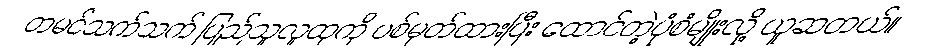
တမင်သက်သက် ပြည်သူလူထုကို ပစ်မှတ်ထားပြီး ထောင်တဲ့ပုံစံမျိုးလို့ ယူဆတယ်။